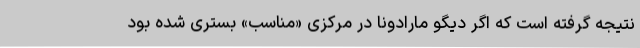
نتیجه گرفته است که اگر دیگو مارادونا در مرکزی «مناسب» بستری شده بود